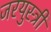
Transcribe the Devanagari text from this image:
जरयुस्त्री